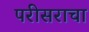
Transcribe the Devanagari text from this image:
परीसराचा